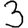
Digit: 3